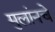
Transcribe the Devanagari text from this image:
मुलांनचे